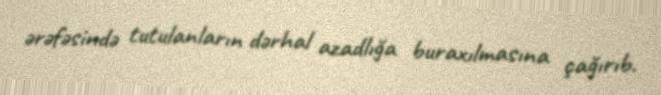
ərəfəsində tutulanların dərhal azadlığa buraxılmasına çağırıb.